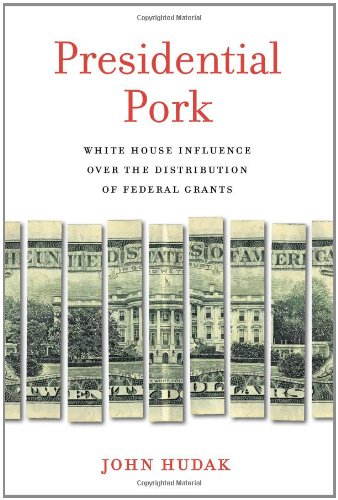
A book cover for Presidential Pork: White House Influence over the Distribution of Federal Grants; John Hudak; Business & Money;